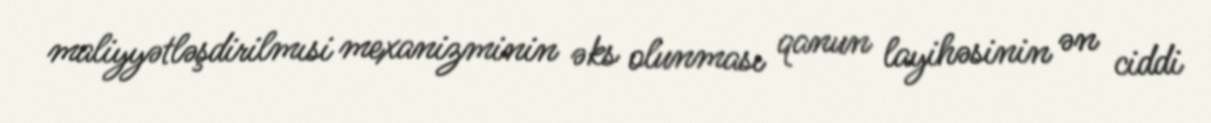
maliyyətləşdirilmısi mexanizminin əks olunması qanun layihəsinin ən ciddi